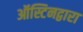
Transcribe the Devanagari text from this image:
ऑस्टिनद्वारा